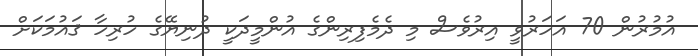
އުމުރުން 70 އަހަރުވީ އިރުވެސް މި ދެމެފިރިންގެ އުންމީދަކީ ދުނިޔޭގެ ހުރިހާ ޤައުމަކަށް